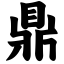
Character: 鼎